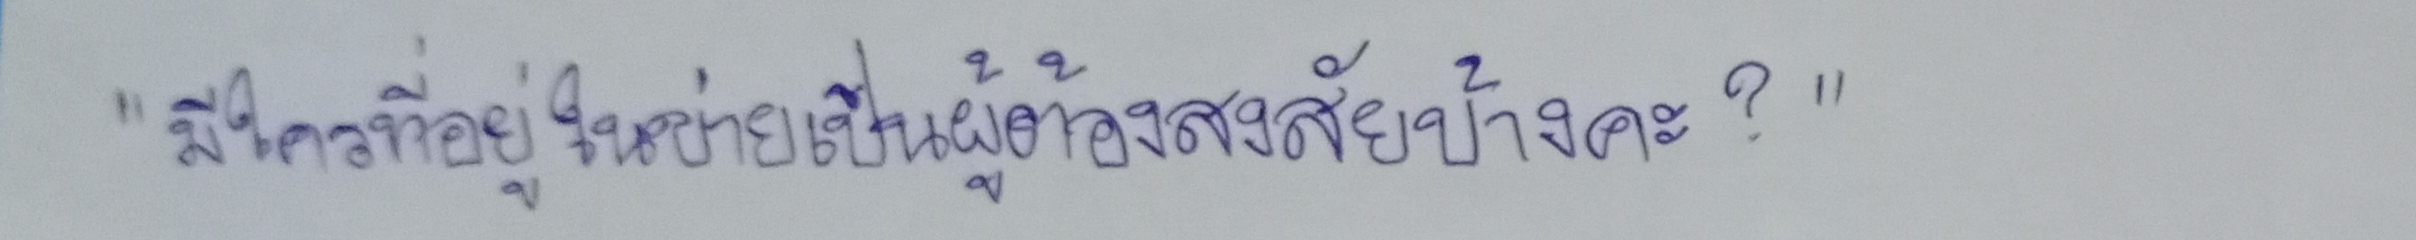
"มีใครที่อยู่ในข่ายเป็นผู้ต้องสงสัยบ้างคะ?"